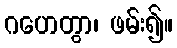
ဂဟေတွာ၊ ဖမ်း၍။